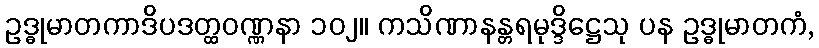
ဥဒ္ဓုမာတကာဒိပဒတ္ထဝဏ္ဏနာ ၁၀၂။ ကသိဏာနန္တရမုဒ္ဒိဋ္ဌေသု ပန ဥဒ္ဓုမာတကံ,